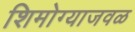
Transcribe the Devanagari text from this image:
शिमोग्याजवळ